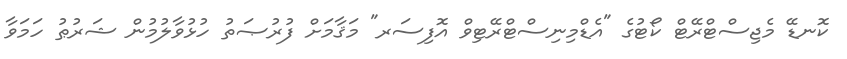
ކޮނޑޭ މެޖިސްޓްރޭޓް ކޯޓުގެ "އެޑްމިނިސްޓްރޭޓިވް އޮފިސަރ" މަޤާމަށް ފުރުޞަތު ހުޅުވާލުމުން ޝަރުޠު ހަމަވާ